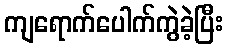
ကျရောက်ပေါက်ကွဲခဲ့ပြီး